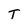
Character: T